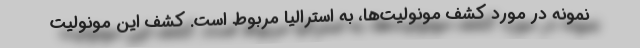
نمونه در مورد کشف مونولیت‌ها، به استرالیا مربوط است. کشف این مونولیت